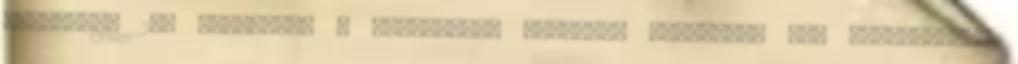
mindössze 2-3 percnyire a centrumtól eladásra kínálunk, egy felújított,